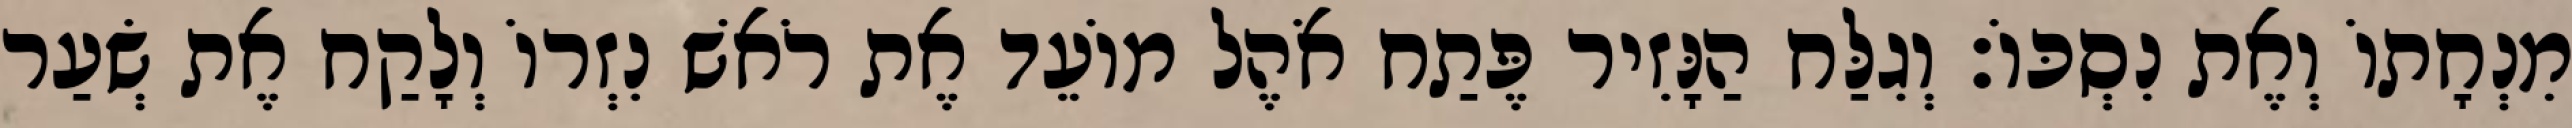
מִנְחָתוֹ וְאֶת נִסְכּוֹ׃ וְגִלַּח הַנָּזִיר פֶּתַח אֹהֶל מוֹעֵד אֶת רֹאשׁ נִזְרוֹ וְלָקַח אֶת שְׂעַר